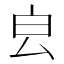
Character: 𣌡